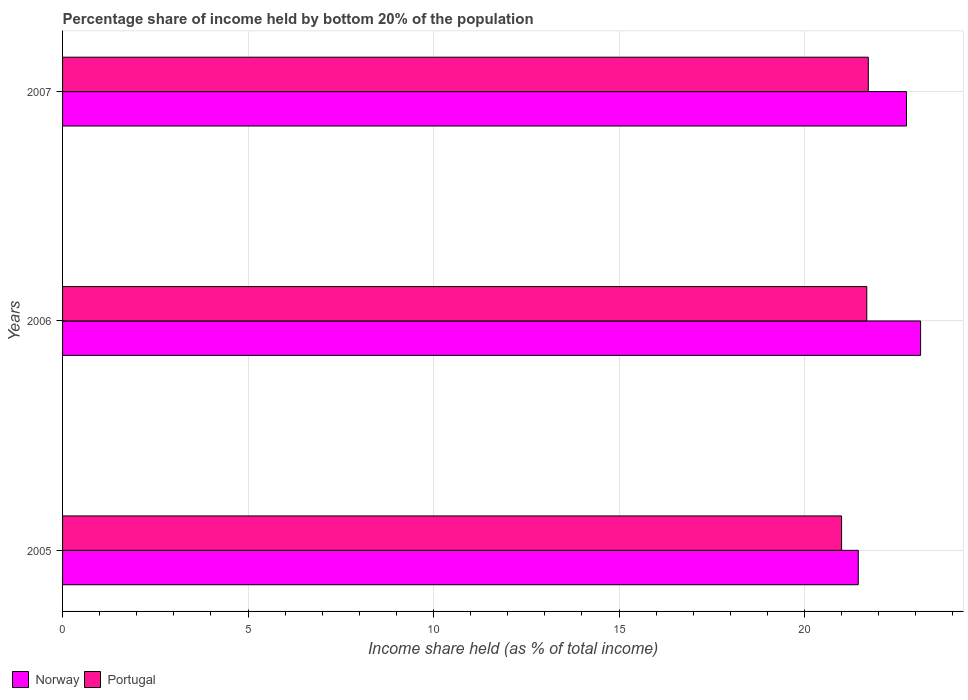
| Years | Norway | Portugal |
 | --- | --- | --- |
 | 2005 | 21.4 | 21 |
 | 2006 | 23.1 | 21.7 |
 | 2007 | 22.8 | 21.7 |